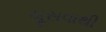
ચૂસવાથી